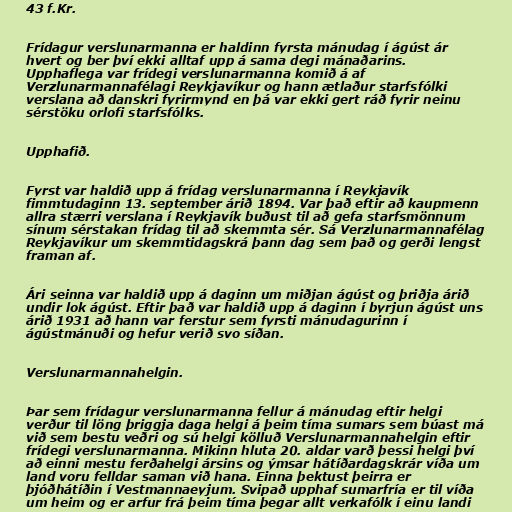
43 f.Kr.

Frídagur verslunarmanna er haldinn fyrsta mánudag í ágúst ár
hvert og ber því ekki alltaf upp á sama degi mánaðarins.
Upphaflega var frídegi verslunarmanna komið á af
Verzlunarmannafélagi Reykjavíkur og hann ætlaður starfsfólki
verslana að danskri fyrirmynd en þá var ekki gert ráð fyrir neinu
sérstöku orlofi starfsfólks.

Upphafið.

Fyrst var haldið upp á frídag verslunarmanna í Reykjavík
fimmtudaginn 13. september árið 1894. Var það eftir að kaupmenn
allra stærri verslana í Reykjavík buðust til að gefa starfsmönnum
sínum sérstakan frídag til að skemmta sér. Sá Verzlunarmannafélag
Reykjavíkur um skemmtidagskrá þann dag sem það og gerði lengst
framan af.

Ári seinna var haldið upp á daginn um miðjan ágúst og þriðja árið
undir lok ágúst. Eftir það var haldið upp á daginn í byrjun ágúst uns
árið 1931 að hann var ferstur sem fyrsti mánudagurinn í
ágústmánuði og hefur verið svo síðan.

Verslunarmannahelgin.

Þar sem frídagur verslunarmanna fellur á mánudag eftir helgi
verður til löng þriggja daga helgi á þeim tíma sumars sem búast má
við sem bestu veðri og sú helgi kölluð Verslunarmannahelgin eftir
frídegi verslunarmanna. Mikinn hluta 20. aldar varð þessi helgi því
að einni mestu ferðahelgi ársins og ýmsar hátíðardagskrár víða um
land voru felldar saman við hana. Einna þektust þeirra er
þjóðhátíðin í Vestmannaeyjum. Svipað upphaf sumarfría er til víða
um heim og er arfur frá þeim tíma þegar allt verkafólk í einu landi